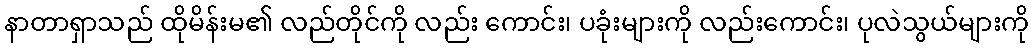
နာတာရှာသည် ထိုမိန်းမ၏ လည်တိုင်ကို လည်း ကောင်း၊ ပခုံးများကို လည်းကောင်း၊ ပုလဲသွယ်များကို